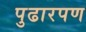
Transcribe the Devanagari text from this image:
पुढारपण